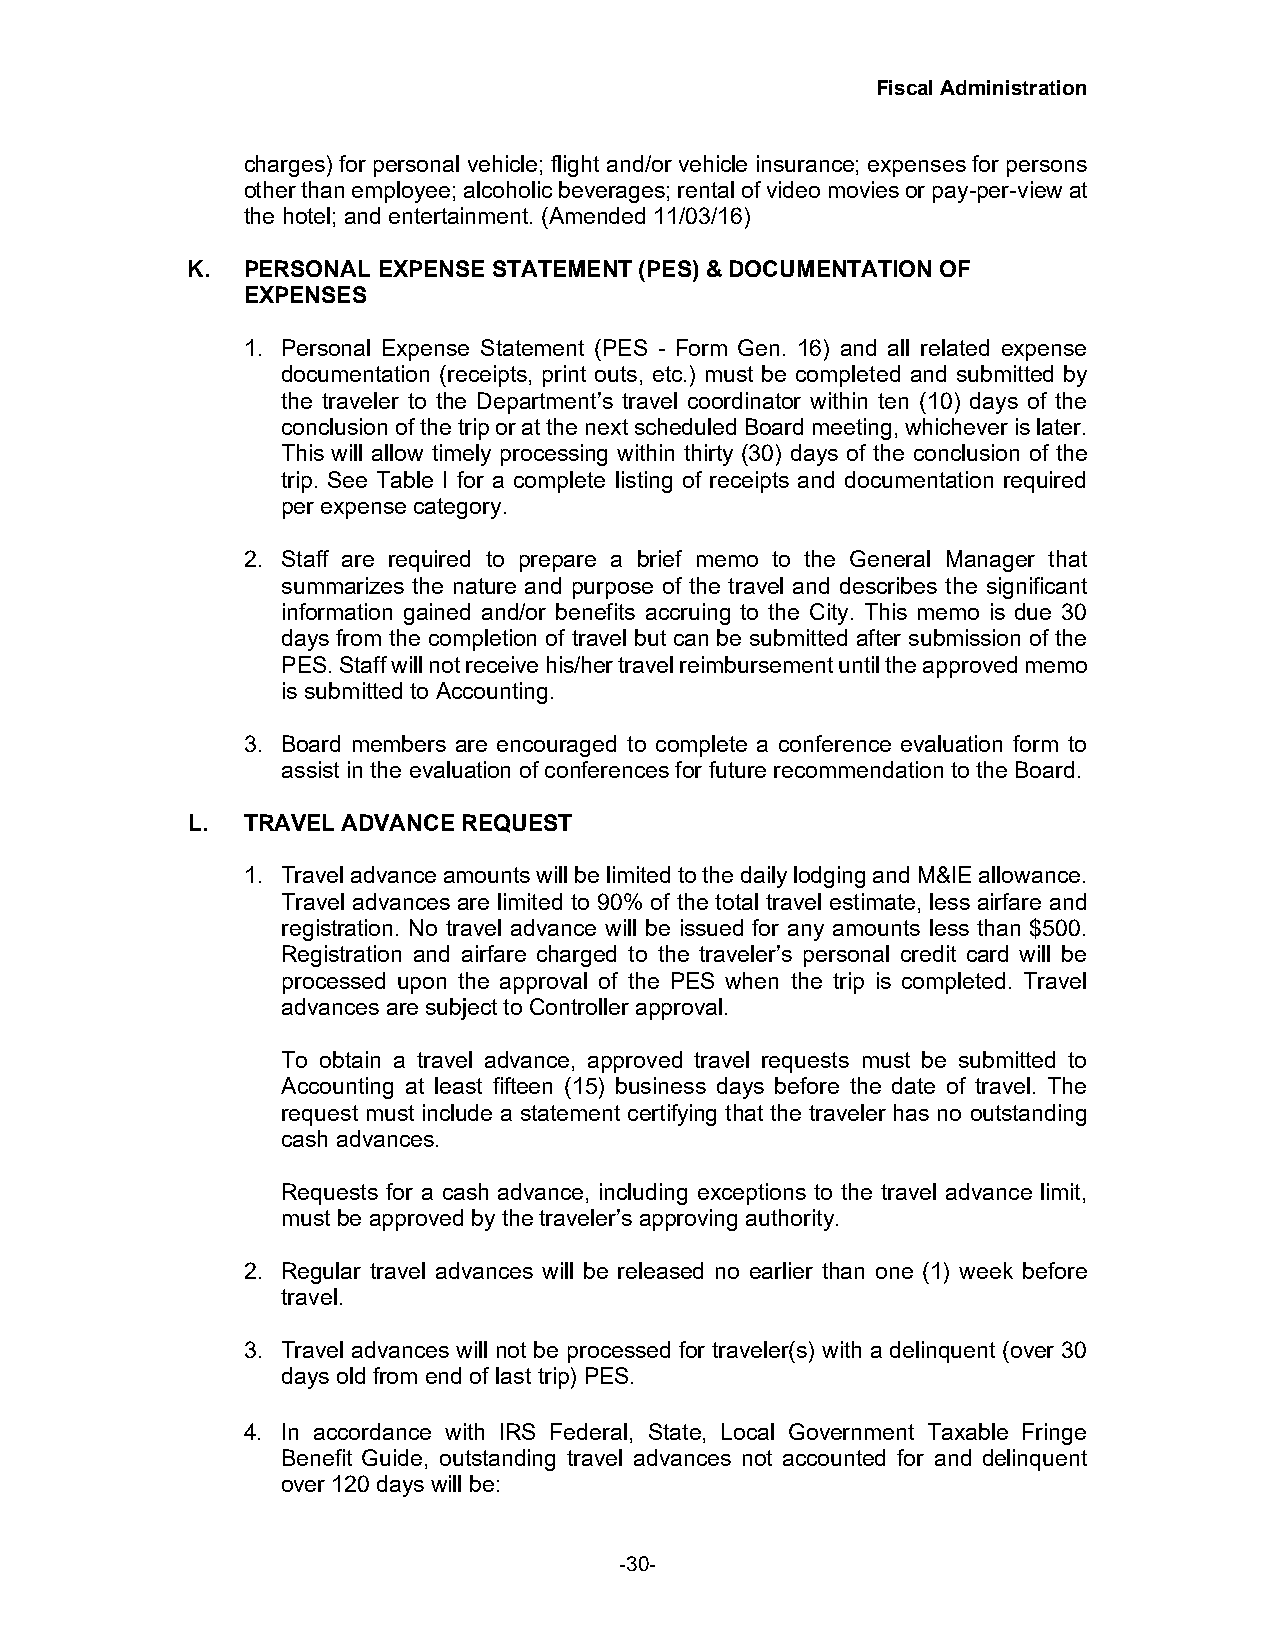
Fiscal Administration
 charges) for personal vehicle; flight and/or vehicle insurance; expenses for persons
 other than employee; alcoholic beverages; rental of video movies or pay-per-view at
 the hotel; and entertainment. (Amended 11/03/16)
 K.  PERSONAL EXPENSE STATEMENT (PES) & DOCUMENTATION OF
 EXPENSES
 1. Personal Expense Statement (PES - Form Gen. 16) and all related expense
 documentation (receipts, print outs, etc.) must be completed and submitted by
 the traveler to the Department’s travel coordinator within ten (10) days of the
 conclusion of the trip or at the next scheduled Board meeting, whichever is later.
 This will allow timely processing within thirty (30) days of the conclusion of the
 trip. See Table I for a complete listing of receipts and documentation required
 per expense category.
 2. Staff are required to prepare a brief memo to the General Manager that
 summarizes the nature and purpose of the travel and describes the significant
 information gained and/or benefits accruing to the City. This memo is due 30
 days from the completion of travel but can be submitted after submission of the
 PES. Staff will not receive his/her travel reimbursement until the approved memo
 is submitted to Accounting.
 3. Board members are encouraged to complete a conference evaluation form to
 assist in the evaluation of conferences for future recommendation to the Board.
 L.  TRAVEL ADVANCE REQUEST
 1. Travel advance amounts will be limited to the daily lodging and M&IE allowance.
 Travel advances are limited to 90% of the total travel estimate, less airfare and
 registration. No travel advance will be issued for any amounts less than $500.
 Registration and airfare charged to the traveler’s personal credit card will be
 processed upon the approval of the PES when the trip is completed. Travel
 advances are subject to Controller approval.
 To obtain a travel advance, approved travel requests must be submitted to
 Accounting at least fifteen (15) business days before the date of travel. The
 request must include a statement certifying that the traveler has no outstanding
 cash advances.
 Requests for a cash advance, including exceptions to the travel advance limit,
 must be approved by the traveler’s approving authority.
 2. Regular travel advances will be released no earlier than one (1) week before
 travel.
 3. Travel advances will not be processed for traveler(s) with a delinquent (over 30
 days old from end of last trip) PES.
 4. In accordance with IRS Federal, State, Local Government Taxable Fringe
 Benefit Guide, outstanding travel advances not accounted for and delinquent
 over 120 days will be:
 -30-